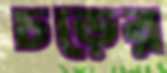
চড়ের